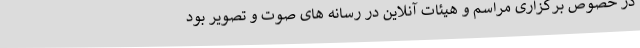
در خصوص برگزاری مراسم و هیئات آنلاین در رسانه های صوت و تصویر بود